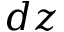
d z